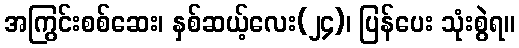
အကြွင်းစစ်ဆေး၊ နှစ်ဆယ့်လေး(၂၄)၊ ပြန်ပေး သုံးစွဲရ။